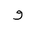
Letter: _waw